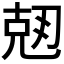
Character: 𠒘